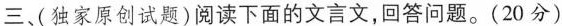
三(独家原创试题)阅读下面的文言文，回答问题。(20分)